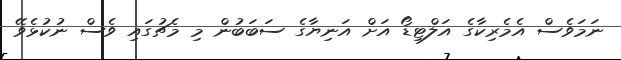
ނަމަވެސް އެމެރިކާގެ އަލްޓިޑޯ އަށް އަނިޔާގެ ސަބަބުން މި މެޗުގައި ވެސް ނުކުޅެވޭ